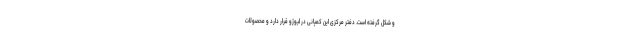
و شکل گرفته است. دفتر مرکزی این کمپانی در لیوژو قرار دارد و محصولات